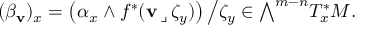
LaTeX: ( \beta _ { \mathbf { v } } ) _ { x } = \left( \alpha _ { x } \wedge f ^ { * } ( \mathbf { v } \, \lrcorner \, \zeta _ { y } ) \right) { \big / } \zeta _ { y } \in { \textstyle \bigwedge } ^ { m - n } T _ { x } ^ { * } M .